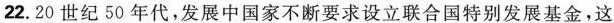
22.20世纪50年代，发展中国家不断要求设立联合国特别发展基金。这